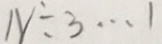
N \div 3 \cdots 1